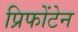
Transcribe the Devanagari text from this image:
प्रिफोंटेन